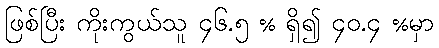
ဖြစ်ပြီး ကိုးကွယ်သူ ၄၆.၅ % ရှိ၍ ၄၀.၄ %မှာ